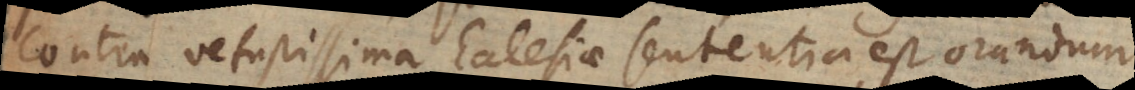
Contra vetustissima Ecclesiae sententia est orandum